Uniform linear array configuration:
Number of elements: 64
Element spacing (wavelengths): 0.5
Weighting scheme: hann
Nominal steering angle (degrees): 0
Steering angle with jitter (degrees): -1.072
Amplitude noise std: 0.05
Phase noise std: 0.05

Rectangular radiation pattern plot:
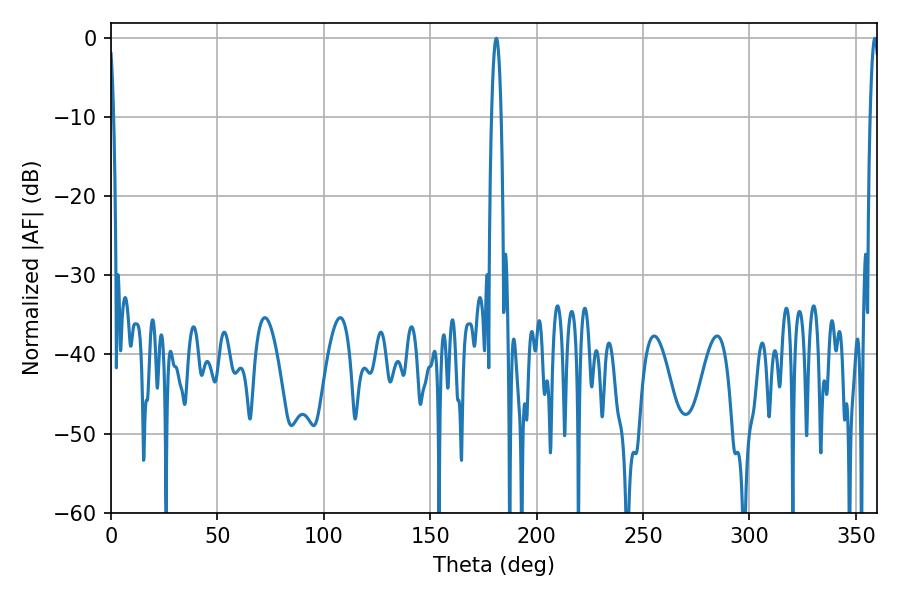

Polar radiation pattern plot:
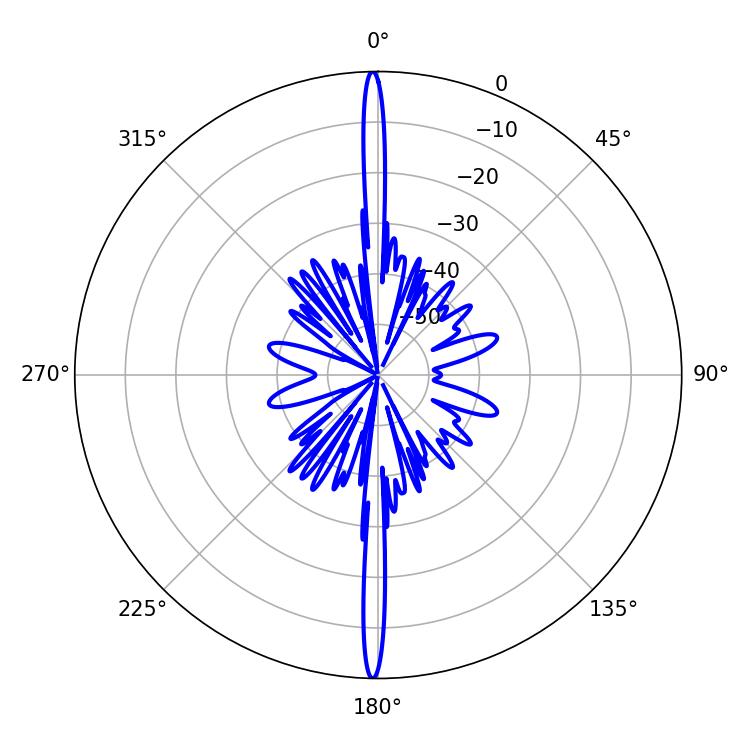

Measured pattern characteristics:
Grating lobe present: FALSE
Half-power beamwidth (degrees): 2.52
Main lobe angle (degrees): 181.08